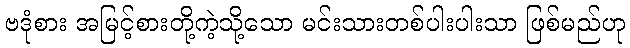
ဗဒုံစား အမြင့်စားတို့ကဲ့သို့သော မင်းသားတစ်ပါးပါးသာ ဖြစ်မည်ဟု